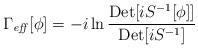
\begin{align*}\Gamma_{\mathit{eff}} [\phi]= -i \ln{\frac{ { \mathrm{Det}} [i {S}^{-1}[\phi]]}{ { \mathrm{Det}} [i S^{-1}]}} \end{align*}